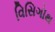
વિસિગૉથ